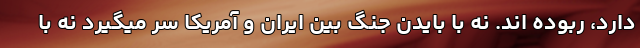
دارد، ربوده اند. نه با بایدن جنگ بین ایران و آمریکا سر میگیرد نه با